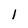
Character: 1